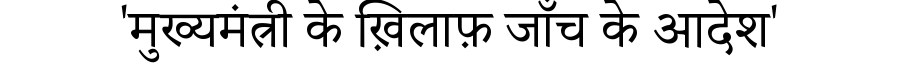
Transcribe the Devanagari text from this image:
'मुख्यमंत्री के ख़िलाफ़ जाँच के आदेश'